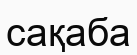
сақаба